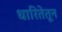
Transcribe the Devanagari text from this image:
धारितेतून